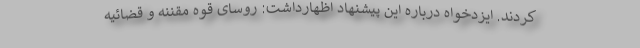
کردند. ایزدخواه درباره این پیشنهاد اظهارداشت: روسای قوه مقننه و قضائیه